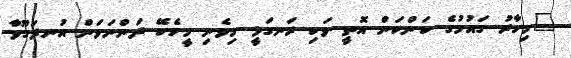
"މިހާރު ގައުމުގެ ކަންކަން އޮތީ ވަކި ރަނގަޅީ މިވެނި މީހެކޭ ދަންނަވަން އުނދަގޫވާ